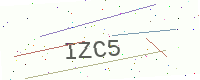
Text: IZC5